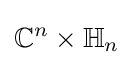
\mathbb {C} ^{n}\times \mathbb {H} _{n}